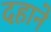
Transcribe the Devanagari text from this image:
दहाने